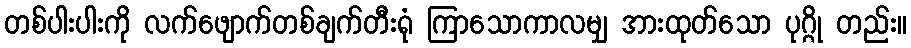
တစ်ပါးပါးကို လက်ဖျောက်တစ်ချက်တီးရုံ ကြာသောကာလမျှ အားထုတ်သော ပုဂ္ဂို တည်း။